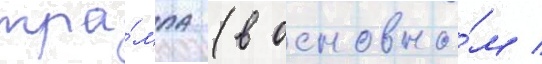
тра́мпа (в основно́м /